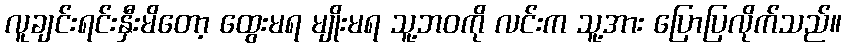
လူချင်းရင်းနှီးမိတော့ ထွေးမရ မျိုးမရ သူ့ဘဝကို လင်းက သူ့အား ပြောပြလိုက်သည်။